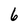
Character: 6